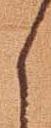
く